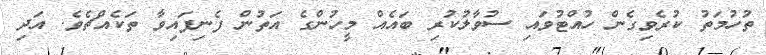
ތުހުމަތު ކުރެވިގެން ހުއްޓުވައި ސުވާލުކުރި ބައެއް މީހުންގެ އަތުން ފެނިފައިވާ ތަކެއްޗެވެ. އަދި